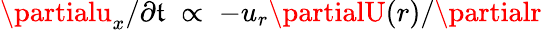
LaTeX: \partialu_{x}/\partial\mathfrak{t}\; \propto\; -u_{r}\partialU(r)/\partialr